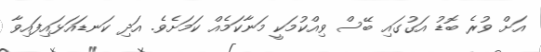
އަށް ވުރެ ބޮޑު އަގުގައި ބޭސް ވިއްކުމަކީ މަނާކަމެއް ކަމަށެވެ. އަދި ކަނޑައަޅައިފައިވާ